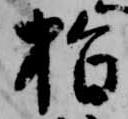
指